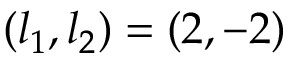
( l _ { 1 } , l _ { 2 } ) = ( 2 , - 2 )